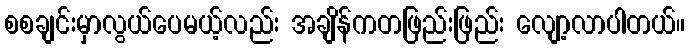
စစချင်းမှာလွယ်ပေမယ့်လည်း အချိန်ကတဖြည်းဖြည်း လျော့လာပါတယ်။